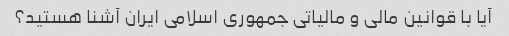
آیا با قوانین مالی و مالیاتی جمهوری اسلامی ایران آشنا هستید؟